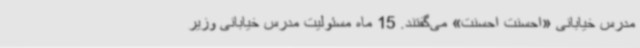
مدرس خیابانی «احسنت احسنت» می‌گفتند. 15 ماه مسئولیت مدرس خیابانی وزیر